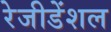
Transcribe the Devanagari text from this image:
रेजीडेंशल